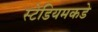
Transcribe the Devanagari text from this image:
स्टेडियमकडे